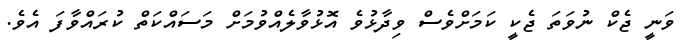
ވަނީ ޖެކް ނުވަތަ ޖެކީ ކަމަށްވެސް ވިދާޅުވެ އޮޅުވާލެއްވުމަށް މަސައްކަތް ކުރައްވާފަ އެވެ.